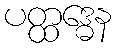
ပတ္ထဒ္ဓေန